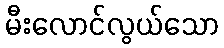
မီးလောင်လွယ်သော